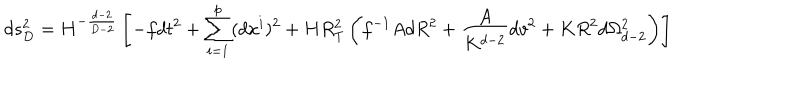
LaTeX: d s _ { D } ^ { 2 } = H ^ { - \frac { d - 2 } { D - 2 } } \left[ - f d t ^ { 2 } + \sum _ { i = 1 } ^ { p } ( d x ^ { i } ) ^ { 2 } + H R _ { T } ^ { 2 } \left( f ^ { - 1 } A d R ^ { 2 } + \frac { A } { K ^ { d - 2 } } d v ^ { 2 } + K R ^ { 2 } d \Omega _ { d - 2 } ^ { 2 } \right) \right]